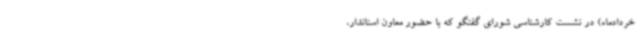
خردادماه) در نشست کارشناسی شورای گفتگو که با حضور معاون استاندار،